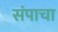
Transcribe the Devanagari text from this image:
संपाचा